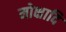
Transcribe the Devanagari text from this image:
मोक्षादि